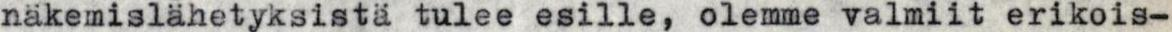
näkemislähetyksistä tulee esille, olemme valmiit erikois-